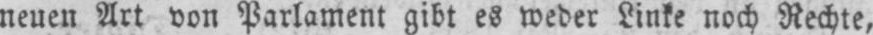
neuen Art von Parlament gibt es weder Linke noch Rechte,